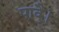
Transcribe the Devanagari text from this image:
पावै।